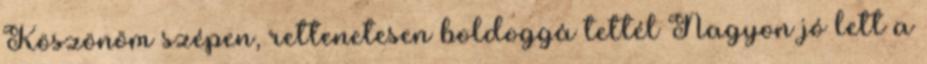
Köszönöm szépen, rettenetesen boldoggá tettél Nagyon jó lett a